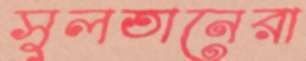
সুলতানেরা